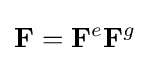
\mathbf {F} =\mathbf {F} ^{e}\mathbf {F} ^{g}